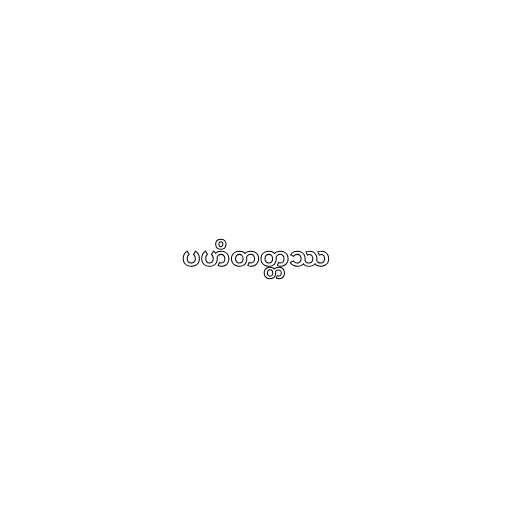
ပဟိတတ္တဿ